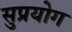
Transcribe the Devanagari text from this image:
सुप्रयोग